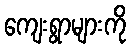
ကျေးရွာများကို